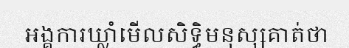
អង្គការឃ្លាំមើលសិទ្ធិមនុស្សគាត់ថា